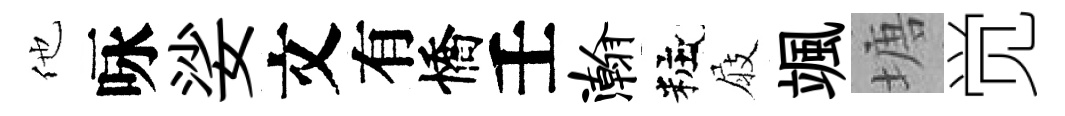
他咏娑文有憍壬瀚粧屐颯塘觉